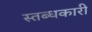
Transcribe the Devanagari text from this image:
स्‍तब्‍धकारी